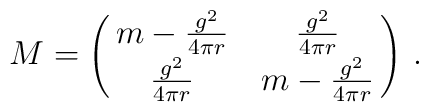
M= \left(\matrix{ m - {g^2\over 4\pi r}  & {g^2\over 4\pi r} \cr         {g^2\over 4\pi r} & m - {g^2\over 4\pi r} }\right)   \, .